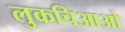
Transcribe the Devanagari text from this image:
लुकचिआओ